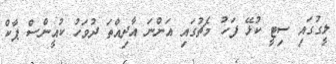
ލީގުގައި ސިޓީ ކުޅޭ ފަހު މެޗުގައި އަންނަ އާދިއްތަ ދުވަހު ކުއީންސް ޕާކް